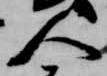
人